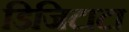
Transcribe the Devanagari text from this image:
डिजिटाटा